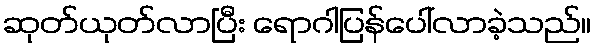
ဆုတ်ယုတ်လာပြီး ရောဂါပြန်ပေါ်လာခဲ့သည်။